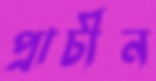
প্রাচীন